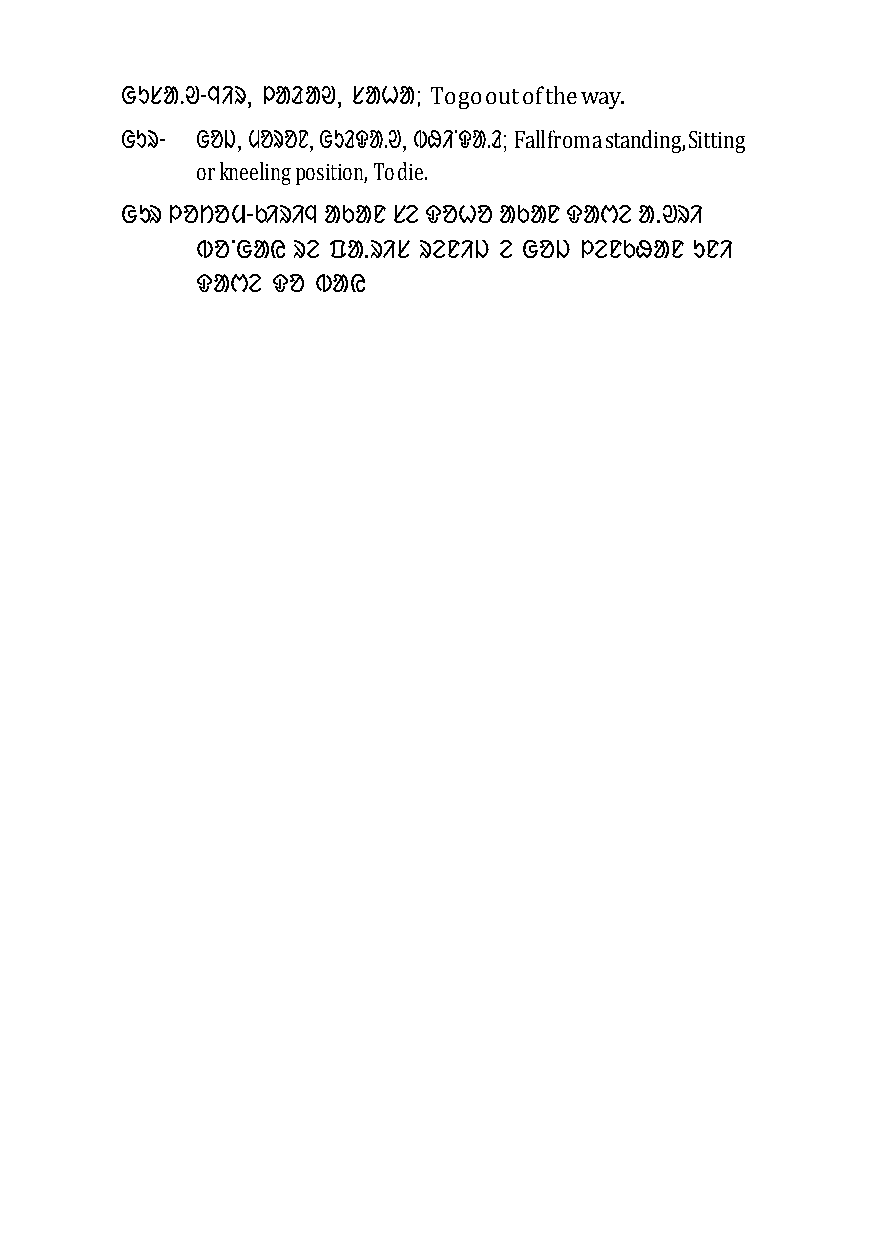
ᱜᱩᱥᱟᱹᱣ-ᱧᱤᱨ, ᱞᱟᱲᱟᱣ, ᱥᱟᱦᱟ; To go out of the way.
 ᱜᱩᱨ- ᱜᱚᱡ, ᱢᱚᱨᱚᱱ, ᱜᱩᱲᱫᱟᱹᱣ, ᱵᱷᱤᱸᱫᱟᱹᱲ; Fall from a standing, Sitting
 or kneeling position, To die.
 ᱜᱩᱨ ᱞᱚᱴᱚᱢ-ᱠᱤᱨᱤᱧ ᱟᱠᱟᱱ ᱥᱮ ᱫᱚᱦᱚ ᱟᱠᱟᱱ ᱫᱟᱬᱮ ᱟᱹᱣᱨᱤ
 ᱵᱚᱸᱜᱟᱭ ᱨᱮ ᱯᱟᱹᱨᱤᱥ ᱨᱮᱱᱤᱡ ᱮ ᱜᱚᱡ ᱞᱮᱱᱠᱷᱟᱱ ᱩᱱᱤ
 ᱫᱟᱬᱮ ᱫᱚ ᱵᱟᱭ